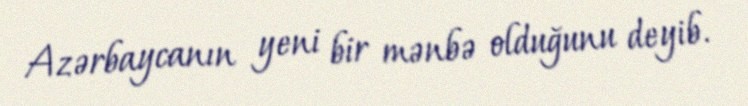
Azərbaycanın yeni bir mənbə olduğunu deyib.